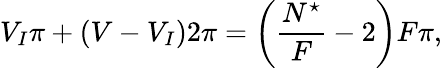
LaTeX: V_{I}\pi+(V-V_{I})2\pi=\left(\frac{N^{\star}}{F}-2\right)F\pi,